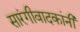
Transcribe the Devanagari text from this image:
सारंगीवादकांनी